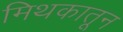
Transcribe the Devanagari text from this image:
मिथकातून